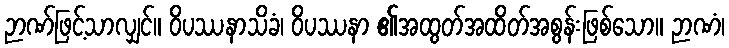
ဉာဏ်ဖြင့်သာလျှင်။ ဝိပဿနာသိခံ၊ ဝိပဿနာ ၏အထွတ်အထိတ်အစွန်းဖြစ်သော။ ဉာဏံ၊